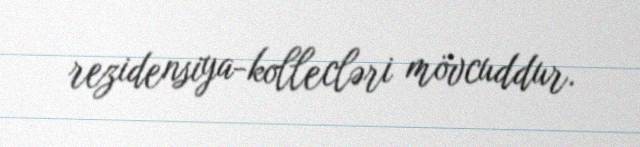
rezidensiya-kollecləri mövcuddur.